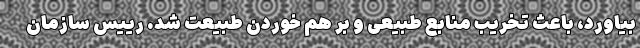
بیاورد، باعث تخریب منابع طبیعی و بر هم خوردن طبیعت شد. رییس سازمان